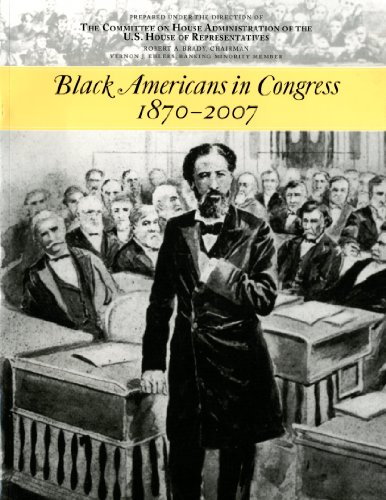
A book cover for Black Americans in Congress, 1870-2007; Teen & Young Adult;